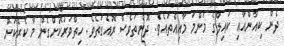
ދެން ކިއާންއާއި ކައިލްގެ މަންމަ މާއިއްތައެވެ. ދޮންތަވެސް ރޮއެގަތެވެ. ހިތްވަރުކޮށްގެން މާ ކެރޭކަން